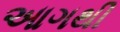
આગથી